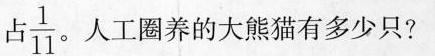
占 \frac{1}{11}。人工圈养的大熊猫有多少只?